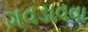
ગવડાવવા